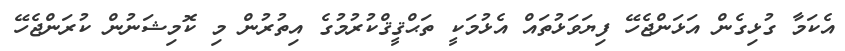
އެކަމާ ގުޅިގެން އަޅަންޖެހޭ ފިޔަވަޅުތައް އެޅުމަކީ ތަޙްޤީޤްކުރުމުގެ އިތުރުން މި ކޮމިޝަނުން ކުރަންޖެހޭ